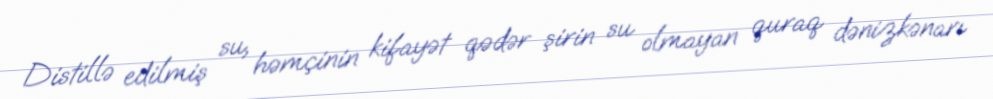
Distillə edilmiş su, həmçinin kifayət qədər şirin su olmayan quraq dənizkənarı